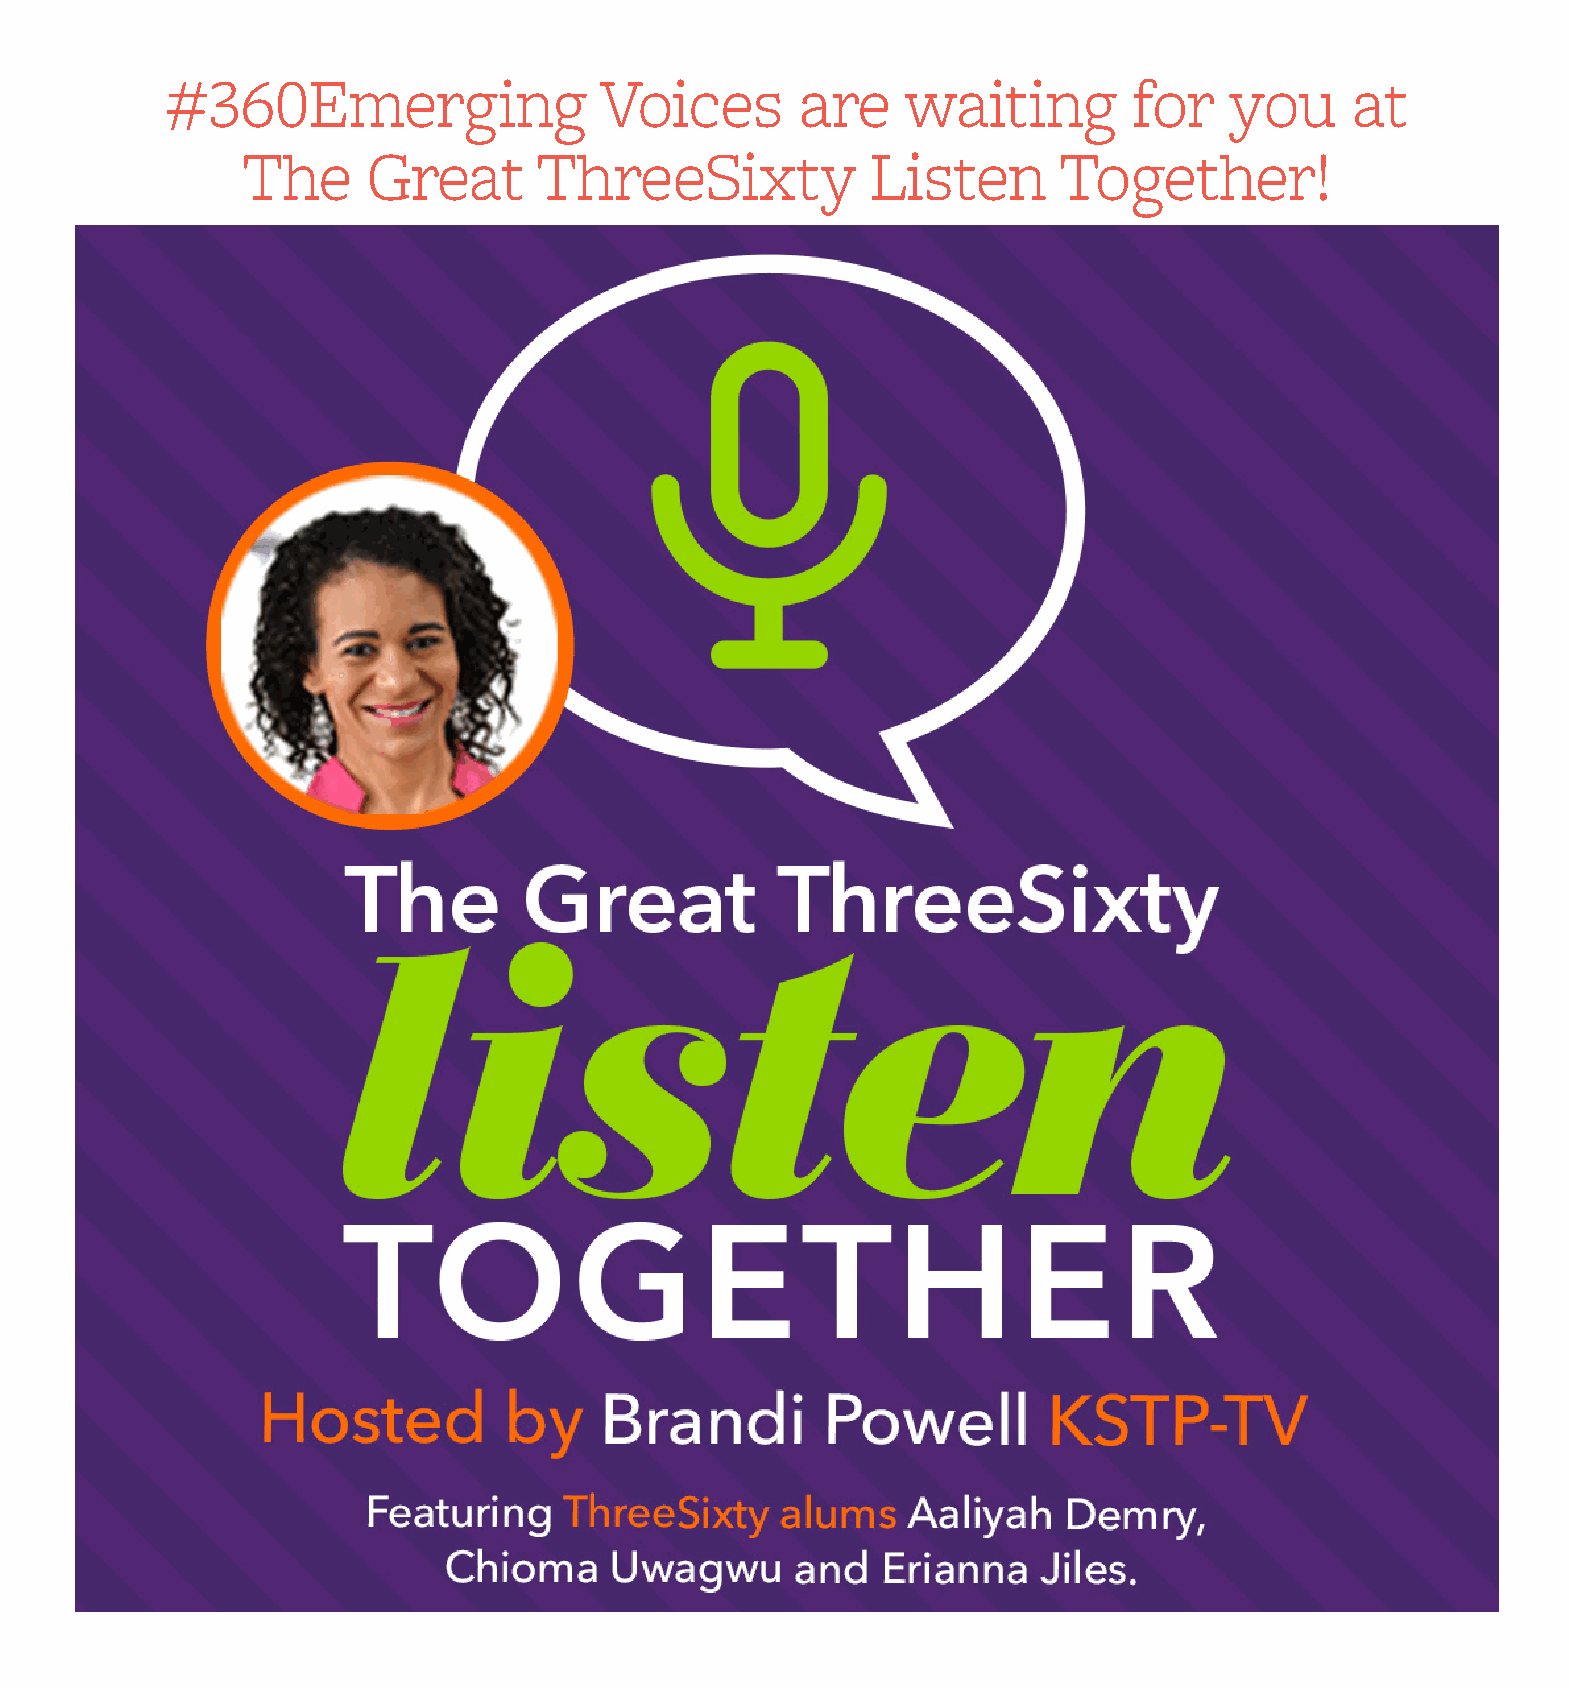
#360Emerging                 Voices       are    waiting        for   you      at
 The     Great       ThreeSixty            Listen      Together!